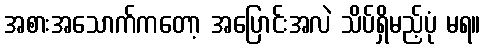
အစားအသောက်ကတော့ အပြောင်းအလဲ သိပ်ရှိမည့်ပုံ မရ။